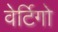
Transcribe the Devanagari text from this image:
वेर्टिगो